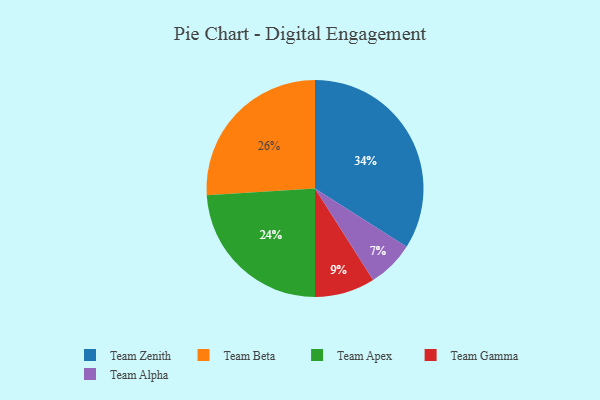
{"axis": {"x": "Category", "y": "Percentage"}, "legend": ["Team Alpha", "Team Apex", "Team Beta", "Team Gamma", "Team Zenith"], "data": [{"x": "Team Zenith", "y": 34, "type": "Team Zenith"}, {"x": "Team Beta", "y": 26, "type": "Team Beta"}, {"x": "Team Gamma", "y": 9, "type": "Team Gamma"}, {"x": "Team Alpha", "y": 7, "type": "Team Alpha"}, {"x": "Team Apex", "y": 24, "type": "Team Apex"}]}